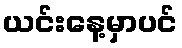
ယင်းနေ့မှာပင်